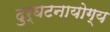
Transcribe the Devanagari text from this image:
दुर्घटनायोग्य